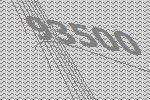
93500